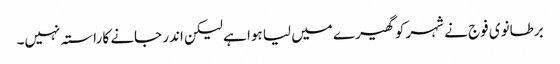
برطانوی فوج نے شہر کو گھیرے میں لیا ہوا ہے لیکن اندر جانے کا راستہ نہیں۔